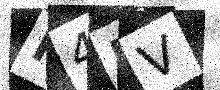
Text: K4RV